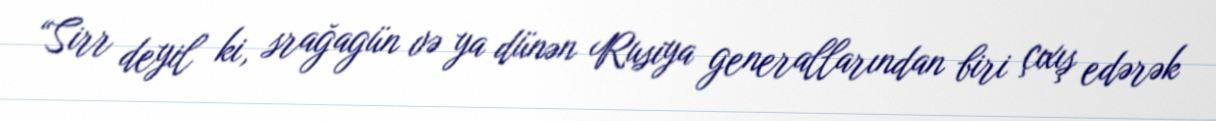
“Sirr deyil ki, srağagün və ya dünən Rusiya generallarından biri çıxış edərək